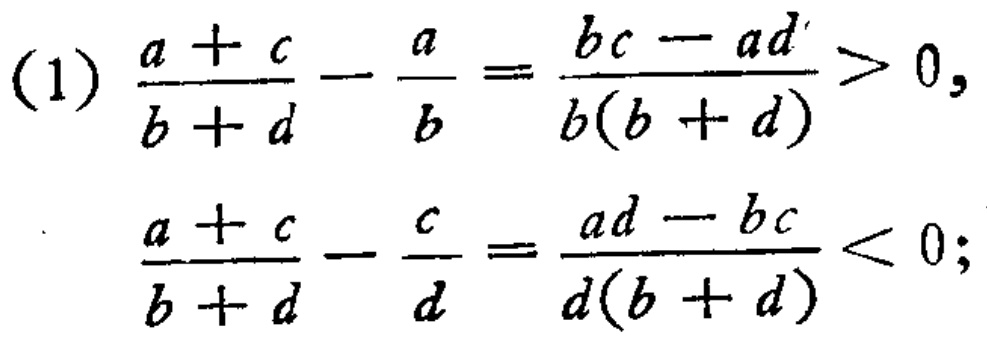
(1) \(\frac{a + c}{b + d} - \frac{a}{b} = \frac{bc - ad}{b(b + d)} > 0,\)
\(\frac{a + c}{b + d} - \frac{c}{d} = \frac{ad - bc}{d(b + d)} < 0;\)